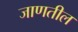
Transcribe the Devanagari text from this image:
जाणतील